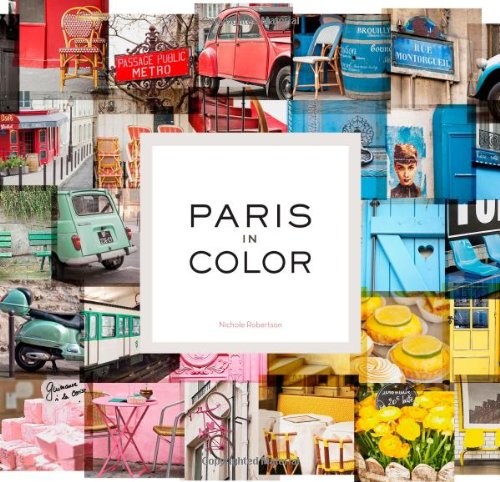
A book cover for Paris in Color; Nichole Robertson; Arts & Photography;